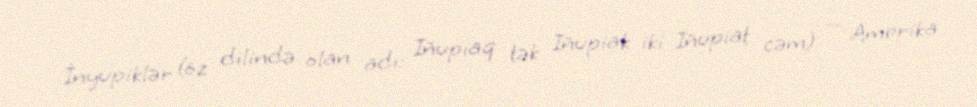
İnyupiklər (öz dilində olan adı: Iñupiaq tək Iñupiak iki Iñupiat cəm) — Amerika